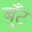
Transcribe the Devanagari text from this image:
बूँट